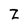
Character: Z